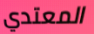
المعتدي